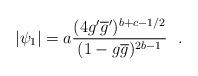
LaTeX: \begin{align*}|\psi_1| = a\frac{(4g'\overline{g}')^{b+c-1/2}}{(1-g\overline{g})^{2b-1}}~~.\end{align*}